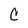
Character: C